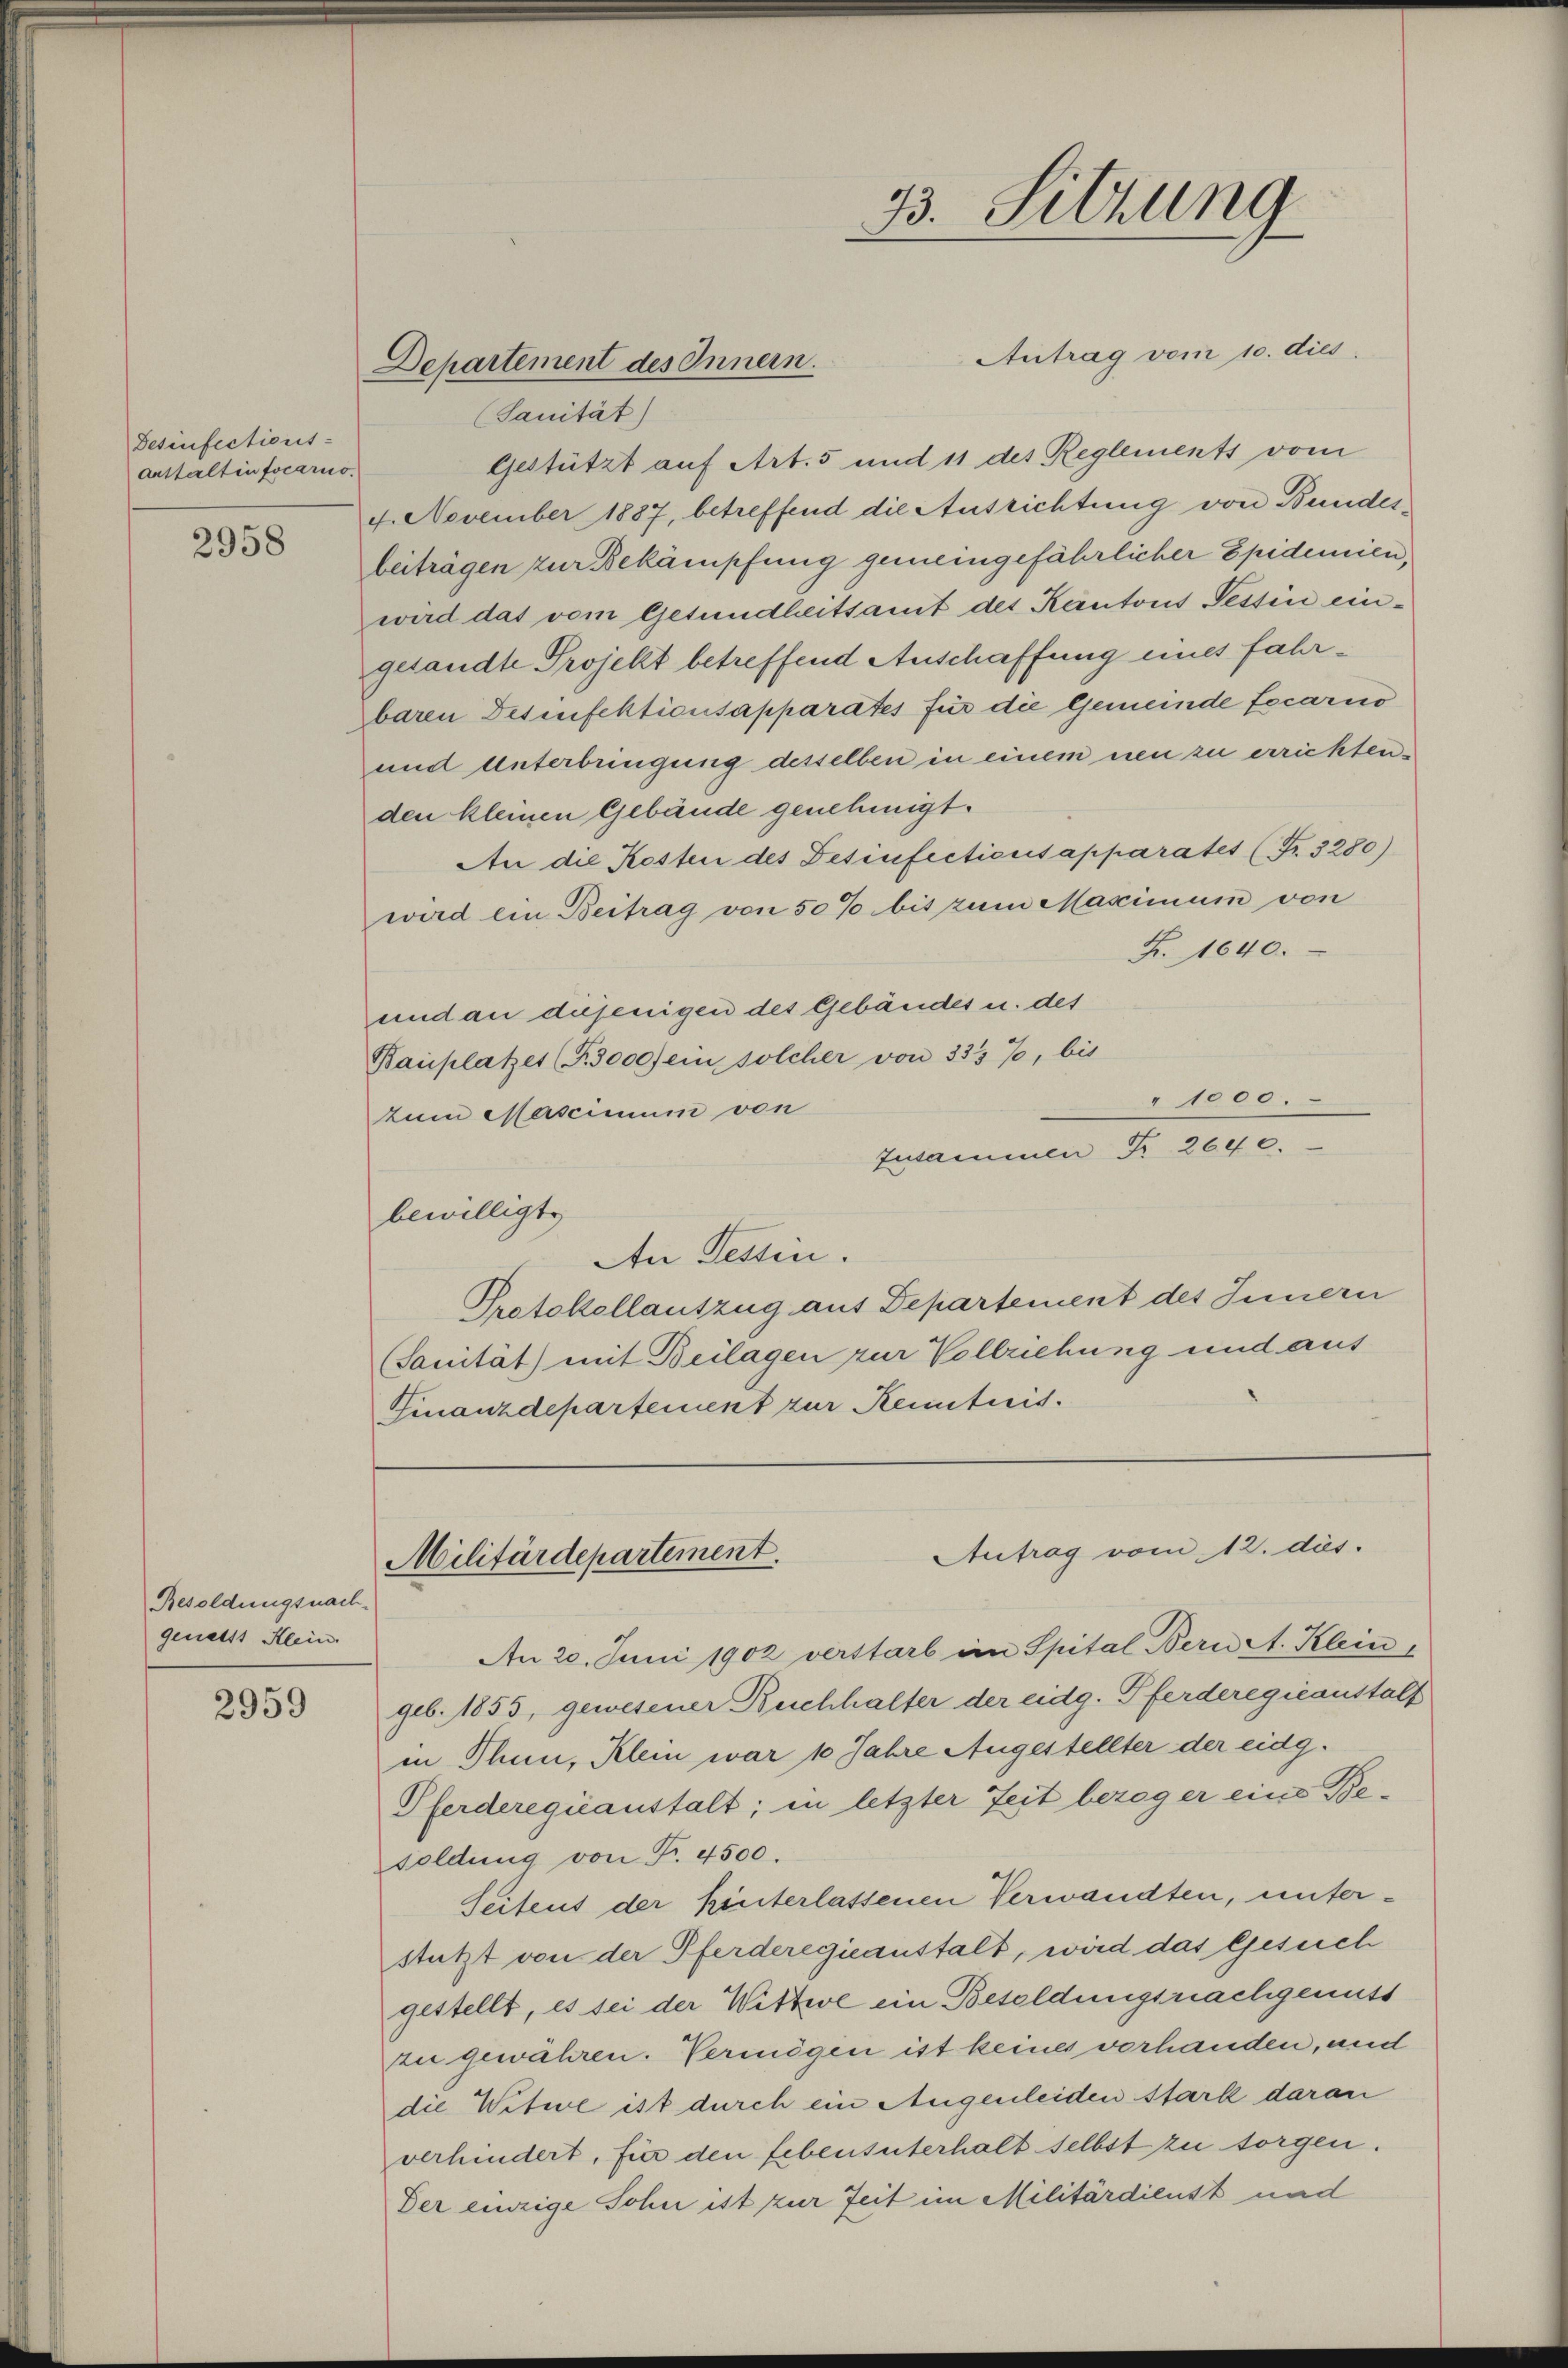
Desinfections-
anstalten focario.

2958

Besoldungsnach
genetst Klein.

2959

Departement des Innern.
Sanität)

Antrag vom 10. dies
Gestützt auf Art. 5 und 11 des Reglements vom
4. November 1887, betreffend die Ausrichtung von Bundesbeiträgen zur Bekämpfung gemeingefährlicher Epidemien,
wird das vom Gesundheitsamt des Kantons Tessin eingesandte Projekt betreffend Anschaffung eines fahrbaren Desinfektionsapparates für die Gemeinde Locarno
und unterbringung desselben in einem neu zu errichtenden kleinen Gebäude genehmigt.
An die Kosten des Desinfecticus apparatet (Fr. 3280)
wird ein Beitrag von 50% bis zum Maximum von
F. 1640.
und an diejenigen des Gebäudes u. des
Bauplatzes (S. 3000 fein solcher von 335 %, bis
" 1000.
zum Mascimum von
Zusammen Fr. 2640.
bewilligt.
An Tessin.
Protokollauszug aus Departement des Innern
(Sanität) mit Beilagen zur Vollziehung und aus
Finanzdepartement zur Kenntnis.

33. Sitzung

An 20. Juni 1902 verstarb im Spital Bern A. Klein
geb. 1855, gewesener Buchhalter der eidg. Pferderegicanstalt
in Thun, Klein war 10 Jahre Augestellter der eidg.
Pferderegieanstalt; in letzter Zeit bezog er eine Besoldung von Fr. 4500.
Seitens der hinterlassenen Verwandten, unterstützt von der Pferderegieanstalt, wird das Gesuch
gestellt, es sei der Wittwe ein Besoldungsnachgenuss
zu gewähren. Vermögen ist keines verhanden, und
die Witwe ist durch ein Augenleiden stark daran
verhindert, für den Lebensterhalt selbst zu sorgen.
Der einzige Sohn ist zur Zeit im Militärdienst und

Antrag vom 12. ds.
Militärdepartement.